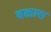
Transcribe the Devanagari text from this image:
बळास